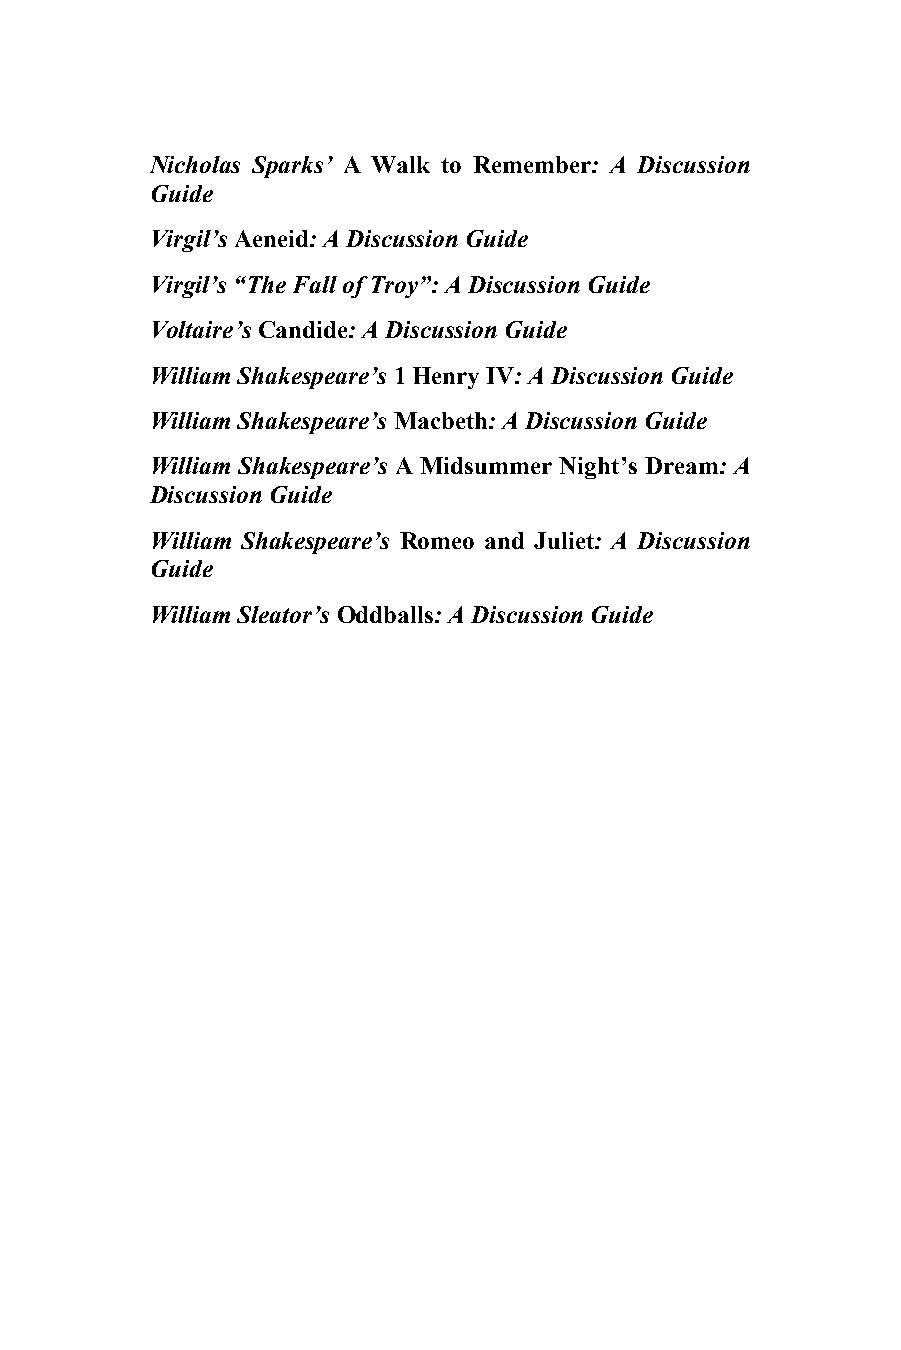
11 0
 Nicholas Sparks’ A Walk to Remember: A Discussion
 Guide
 Virgil’s Aeneid: A Discussion Guide
 Virgil’s “The Fall of Troy”: A Discussion Guide
 Voltaire’s Candide: A Discussion Guide
 William Shakespeare’s 1 Henry IV: A Discussion Guide
 William Shakespeare’s Macbeth: A Discussion Guide
 William Shakespeare’s A Midsummer Night’s Dream: A
 Discussion Guide
 William Shakespeare’s Romeo and Juliet: A Discussion
 Guide
 William Sleator’s Oddballs: A Discussion Guide